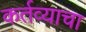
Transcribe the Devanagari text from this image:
कर्तव्याचा